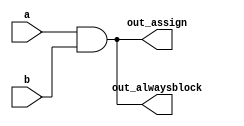
// Build an AND gate using both an assign statement and a combinational always block.

module top_module(
    input a, 
    input b,
    output wire out_assign,
    output reg out_alwaysblock
);
    assign out_assign = a & b;
    
    always @(*) begin
        out_alwaysblock = a & b;
    end

endmodule